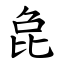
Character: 㲋